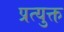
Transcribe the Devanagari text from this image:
प्रत्युक्त